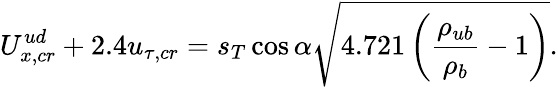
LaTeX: U_{x,cr}^{ud}+2.4u_{\tau,cr}=s_{T}\cos\alpha\sqrt{4.721\left(\frac{\rho_{ub}}{\rho_{b}}-1\right)}.